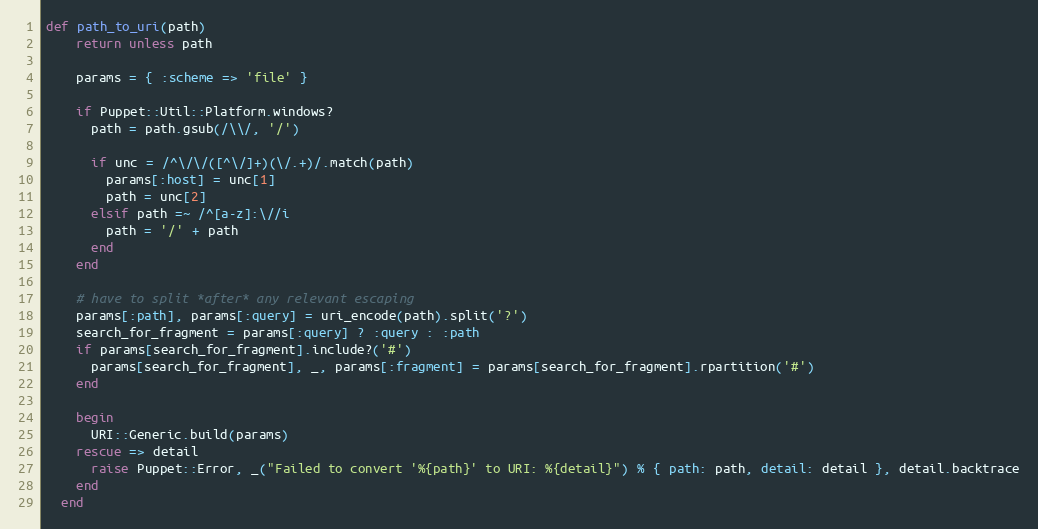
Language: Ruby
def path_to_uri(path)
    return unless path

    params = { :scheme => 'file' }

    if Puppet::Util::Platform.windows?
      path = path.gsub(/\\/, '/')

      if unc = /^\/\/([^\/]+)(\/.+)/.match(path)
        params[:host] = unc[1]
        path = unc[2]
      elsif path =~ /^[a-z]:\//i
        path = '/' + path
      end
    end

    # have to split *after* any relevant escaping
    params[:path], params[:query] = uri_encode(path).split('?')
    search_for_fragment = params[:query] ? :query : :path
    if params[search_for_fragment].include?('#')
      params[search_for_fragment], _, params[:fragment] = params[search_for_fragment].rpartition('#')
    end

    begin
      URI::Generic.build(params)
    rescue => detail
      raise Puppet::Error, _("Failed to convert '%{path}' to URI: %{detail}") % { path: path, detail: detail }, detail.backtrace
    end
  end